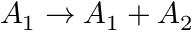
A _ { 1 } \rightarrow A _ { 1 } + A _ { 2 }